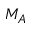
M _ { A }